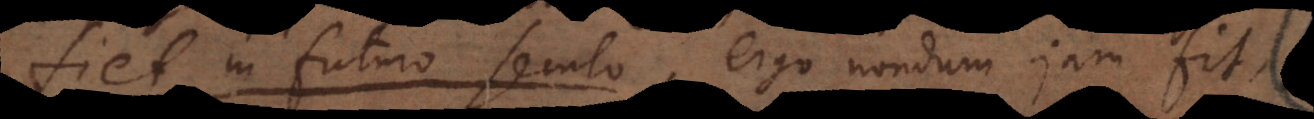
fiet in futuro seculo. Ergo nondum jam fit,